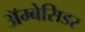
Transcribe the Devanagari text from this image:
अॅम्बेसिडर